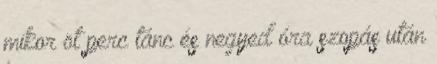
mikor öt perc tánc és negyed óra szopás után